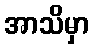
အာသိမှာ